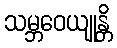
သမ္ဘဝေယျုန္တိ